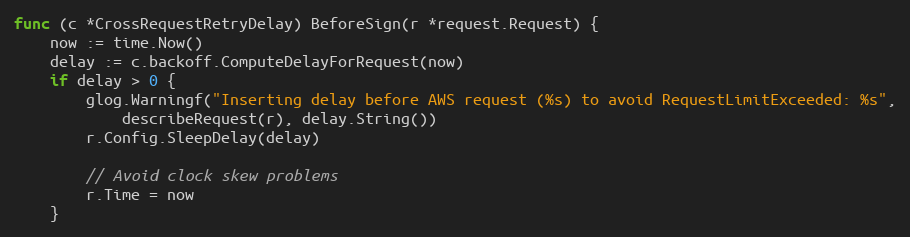
Language: Go
func (c *CrossRequestRetryDelay) BeforeSign(r *request.Request) {
	now := time.Now()
	delay := c.backoff.ComputeDelayForRequest(now)
	if delay > 0 {
		glog.Warningf("Inserting delay before AWS request (%s) to avoid RequestLimitExceeded: %s",
			describeRequest(r), delay.String())
		r.Config.SleepDelay(delay)

		// Avoid clock skew problems
		r.Time = now
	}